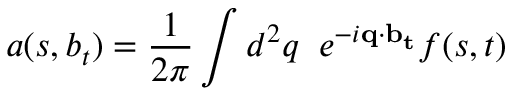
a ( s , b _ { t } ) = \frac { 1 } { 2 \pi } \int d ^ { 2 } q \; \; e ^ { - i { \bf q \cdot b _ { t } } } f ( s , t )